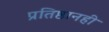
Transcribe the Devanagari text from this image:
प्रतिष्ठानही